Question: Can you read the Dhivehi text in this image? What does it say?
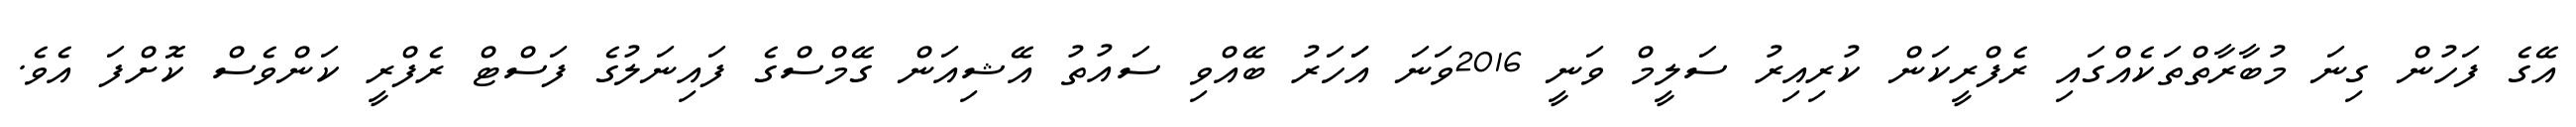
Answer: އޭގެ ފަހުން ގިނަ މުބާރާތްތަކެއްގައި ރެފްރީކަން ކުރިއިރު ސަލީމް ވަނީ 2016ވަނަ އަަހަރު ބޭއްވި ސައުތު އޭޝިއަން ގޭމްސްގެ ފައިނަލުގެ ފަސްޓް ރެފްރީ ކަންވެސް ކޮށްފަ އެވެ.